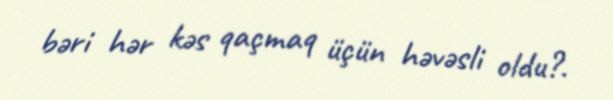
bəri hər kəs qaçmaq üçün həvəsli oldu?.